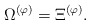
\begin{align*}\Omega^{(\varphi)}=\Xi^{(\varphi)}.\end{align*}